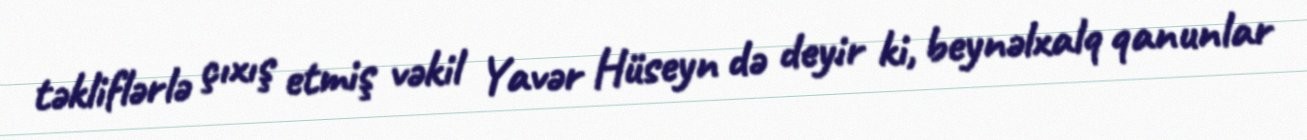
təkliflərlə çıxış etmiş vəkil Yavər Hüseyn də deyir ki, beynəlxalq qanunlar